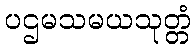
ပဌမသမယသုတ္တံ